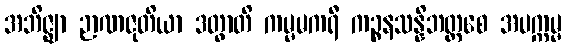
အဘိဇ္ဈာ ဉာဏဇုတိယာ ဒတွာတိ ကမ္မမကရီ ကဉ္စနသန္နိဘတ္တစေ အပက္ကမ္မ